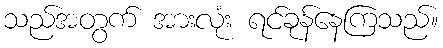
သည်အတွက် အားလုံး ရင်ခုန်နေကြသည်။